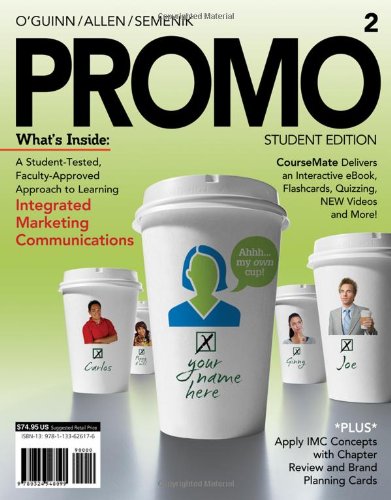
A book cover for PROMO2 (with CourseMate Printed Access Card) (Engaging 4LTR Press Titles in Marketing); Thomas O'Guinn; Business & Money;